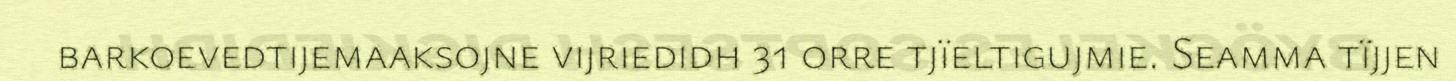
barkoevedtijemaaksojne vijriedidh 31 orre tjïeltigujmie. Seamma tïjjen